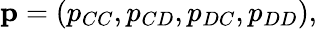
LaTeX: \mathbf{p}=(p_{CC},p_{CD},p_{DC},p_{DD}),